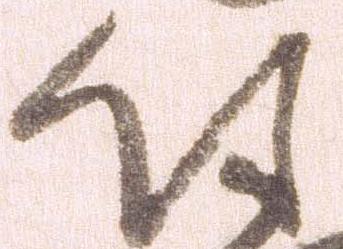
付